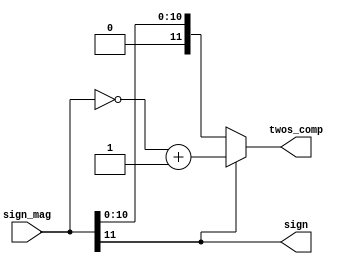
`timescale 1ns / 1ps

module sign_magnitude_converter(sign_mag, twos_comp, sign);
input [11:0] sign_mag;
output [11:0] twos_comp;
output sign;
assign sign = sign_mag[11];

assign twos_comp = (sign_mag[11] == 1) ? ~sign_mag + 1'b1 : sign_mag;

endmodule